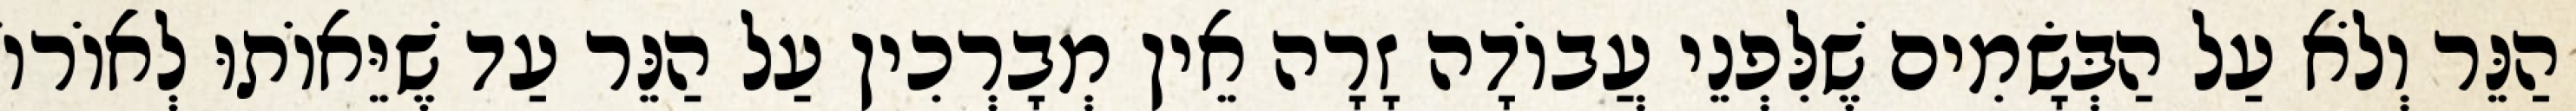
הַנֵּר וְלֹא עַל הַבְּשָׂמִים שֶׁלִּפְנֵי עֲבוֹדָה זָרָה אֵין מְבָרְכִין עַל הַנֵּר עַד שֶׁיֵּאוֹתוּ לְאוֹרוֹ